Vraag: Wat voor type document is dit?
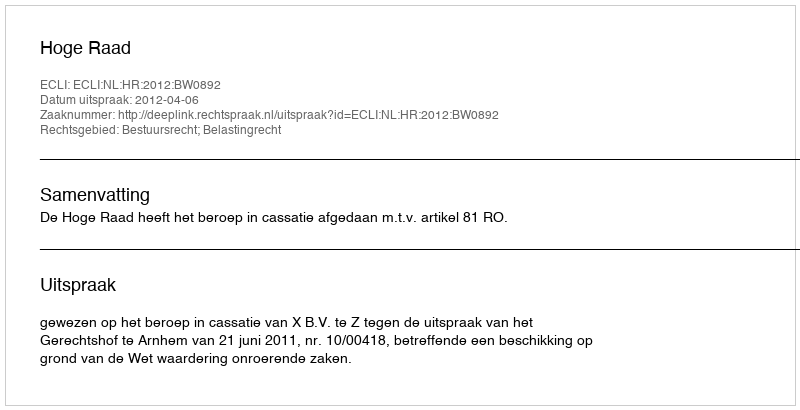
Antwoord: Uitspraak